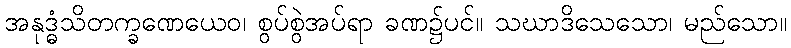
အနုဒ္ဓံသိတက္ခဏေယေဝ၊ စွပ်စွဲအပ်ရာ ခဏ၌ပင်။ သဃာဒိသေသော၊ မည်သော။